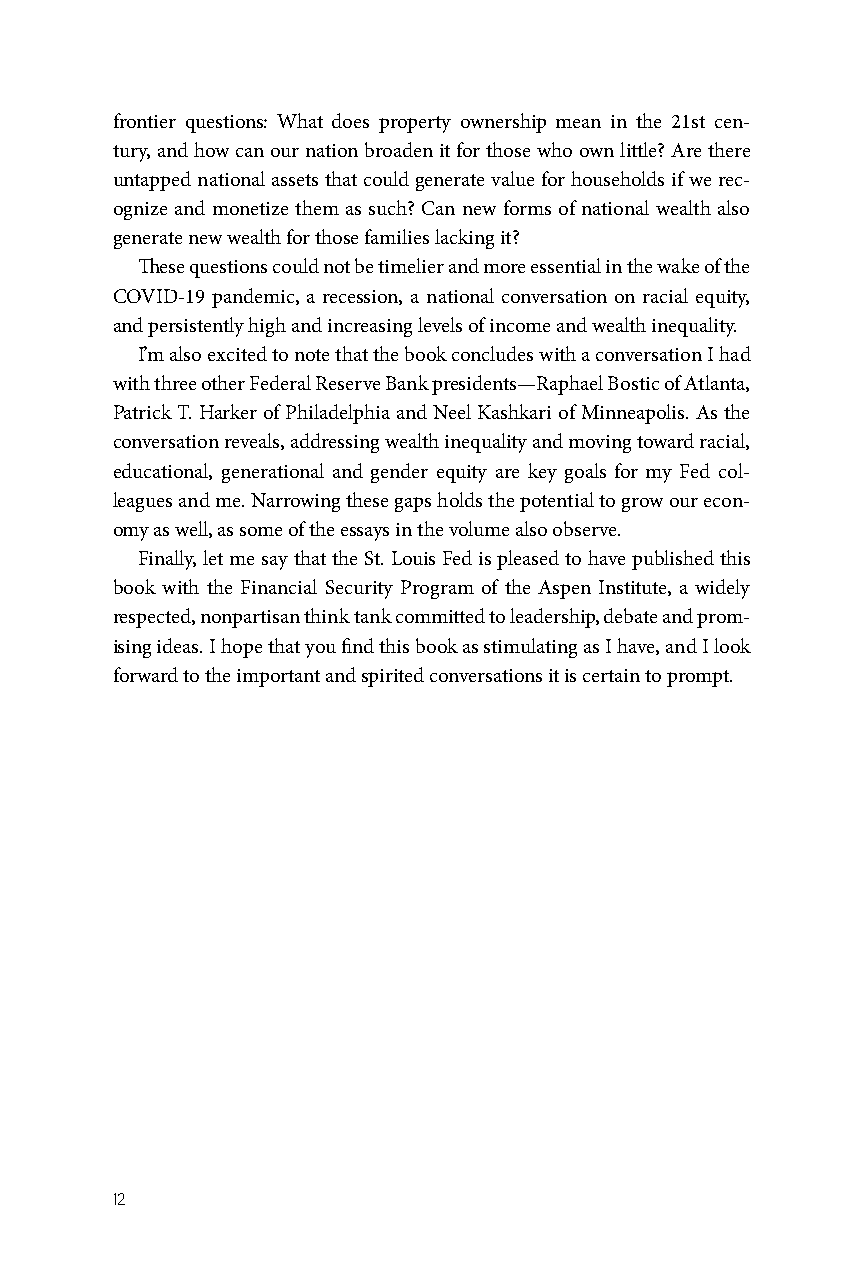
frontier questions: What does property ownership mean in the 21st cen-
 tury, and how can our nation broaden it for those who own little? Are there
 untapped national assets that could generate value for households if we rec-
 ognize and monetize them as such? Can new forms of national wealth also
 generate new wealth for those families lacking it?
 These questions could not be timelier and more essential in the wake of the
 COVID-19 pandemic, a recession, a national conversation on racial equity,
 and persistently high and increasing levels of income and wealth inequality.
 I’m also excited to note that the book concludes with a conversation I had
 with three other Federal Reserve Bank presidents—Raphael Bostic of Atlanta,
 Patrick T. Harker of Philadelphia and Neel Kashkari of Minneapolis. As the
 conversation reveals, addressing wealth inequality and moving toward racial,
 educational, generational and gender equity are key goals for my Fed col-
 leagues and me. Narrowing these gaps holds the potential to grow our econ-
 omy as well, as some of the essays in the volume also observe.
 Finally, let me say that the St. Louis Fed is pleased to have published this
 book with the Financial Security Program of the Aspen Institute, a widely
 respected, nonpartisan think tank committed to leadership, debate and prom-
 ising ideas. I hope that you find this book as stimulating as I have, and I look
 forward to the important and spirited conversations it is certain to prompt.
 12